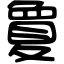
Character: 𡕷